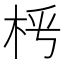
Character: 𣐰